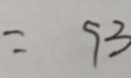
= 9 3